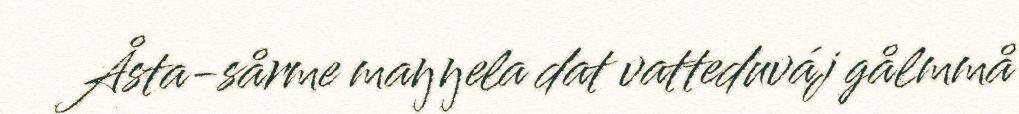
Åsta-sårme maŋŋela dat vatteduváj gålmmå